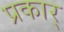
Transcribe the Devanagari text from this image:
प्रकार्